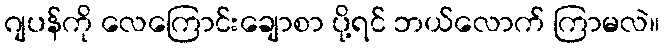
ဂျပန်ကို လေကြောင်းချောစာ ပို့ရင် ဘယ်လောက် ကြာမလဲ။